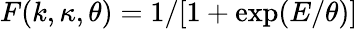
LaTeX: F(k,\kappa,\theta)=1/[1+\exp(E/\theta)]